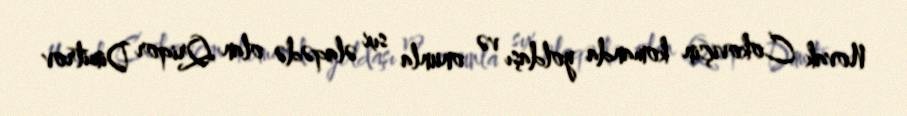
Novak Cokoviçin komanda yoldaşı və onunla sıx əlaqədə olan Qriqor Dimitrov